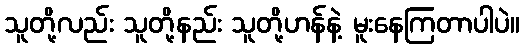
သူတို့လည်း သူတို့နည်း သူတို့ဟန်နဲ့ မူးနေကြတာပါပဲ။